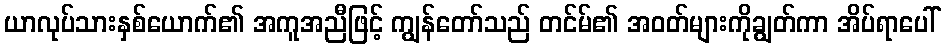
ယာလုပ်သားနှစ်ယောက်၏ အကူအညီဖြင့် ကျွန်တော်သည် တင်မ်၏ အဝတ်များကိုချွတ်ကာ အိပ်ရာပေါ်